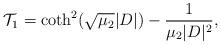
LaTeX: \begin{align*}\mathcal T_1= \coth^2(\sqrt{\mu_2}|D|)-\frac{1}{\mu_2 |D|^2},\end{align*}